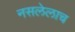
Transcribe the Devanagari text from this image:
नसलेलाच